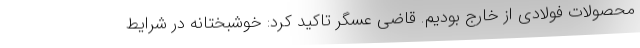
محصولات فولادی از خارج بودیم. قاضی عسگر تاکید کرد: خوشبختانه در شرایط